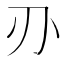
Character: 刅